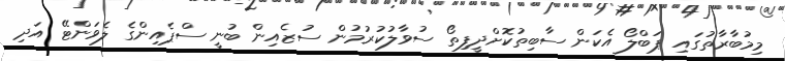
މިމުބާރާތުގައި ޕަބްލޯ އެކަން ސާބިތުކޮށްދީފިތޯ ސުވާލުކުރުމުން ސުޒެއިން ބުނީ ސްޕެއިންގެ ލެވަންޓޭ އަދި